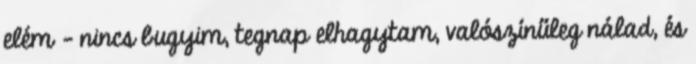
elém - nincs bugyim, tegnap elhagytam, valószínűleg nálad, és